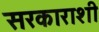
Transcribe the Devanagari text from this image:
सरकाराशी